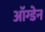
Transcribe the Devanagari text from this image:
ऑग्डेन